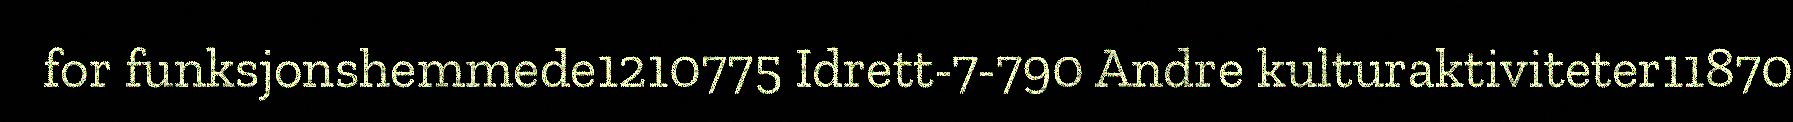
for funksjonshemmede1210775 Idrett-7-790 Andre kulturaktiviteter11870